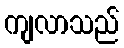
ကျလာသည်